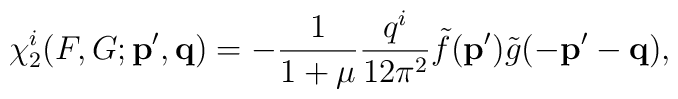
\chi_{2}^{i}(F,G;{\bf p',q})=-\frac{1}{1+\mu}\frac{q^{i}}{12\pi^{2}}\tilde{f}({\bf p'})\tilde{g}({\bf -p'-q}),